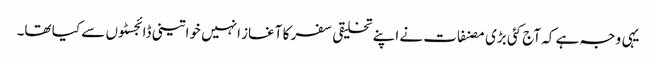
یہی وجہ ہے کہ آج کئی بڑی مصنفات نے اپنے تخلیقی سفر کا آغاز انہیں خواتینی ڈائجسٹوں سے کیا تھا۔